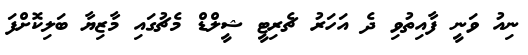
ނިއު ވަނީ ފާއިތުވި ދެ އަހަރު ޗެރިޓީ ޝީލްޑް މެޗުގައި މާޒިޔާ ބަލިކޮށްފަ